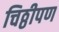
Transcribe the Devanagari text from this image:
चिठ्ठीपण